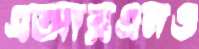
এআরএনও